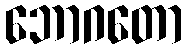
ဘောဂတော